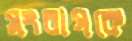
সংরাগকে